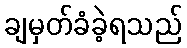
ချမှတ်ခံခဲ့ရသည်